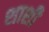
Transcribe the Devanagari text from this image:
शाशी